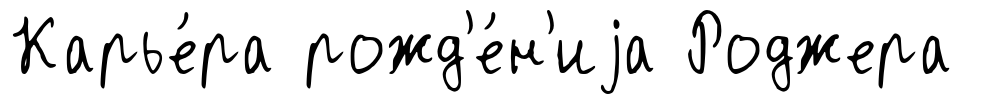
Карье́ра рожд'е́н'иjа Роджера